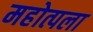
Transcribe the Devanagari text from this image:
महोत्पला